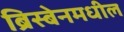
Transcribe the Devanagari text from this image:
ब्रिस्बेनमधील